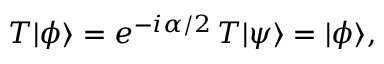
T \vert \phi \rangle = e ^ { - i \alpha / 2 } \, T \vert \psi \rangle = \vert \phi \rangle ,